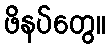
ဖိနပ်တွေ။